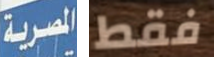
المصرية فقط